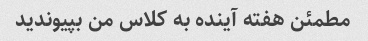
مطمئن هفته آینده به کلاس من بپیوندید